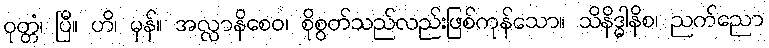
ဝုတ္တံ၊ ပြီ။ ဟိ၊ မှန်။ အလ္လာနိစေဝ၊ စိုစွတ်သည်လည်းဖြစ်ကုန်သော။ သိနိဒ္ဓါနိစ၊ ညက်ညော